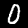
Label: 0